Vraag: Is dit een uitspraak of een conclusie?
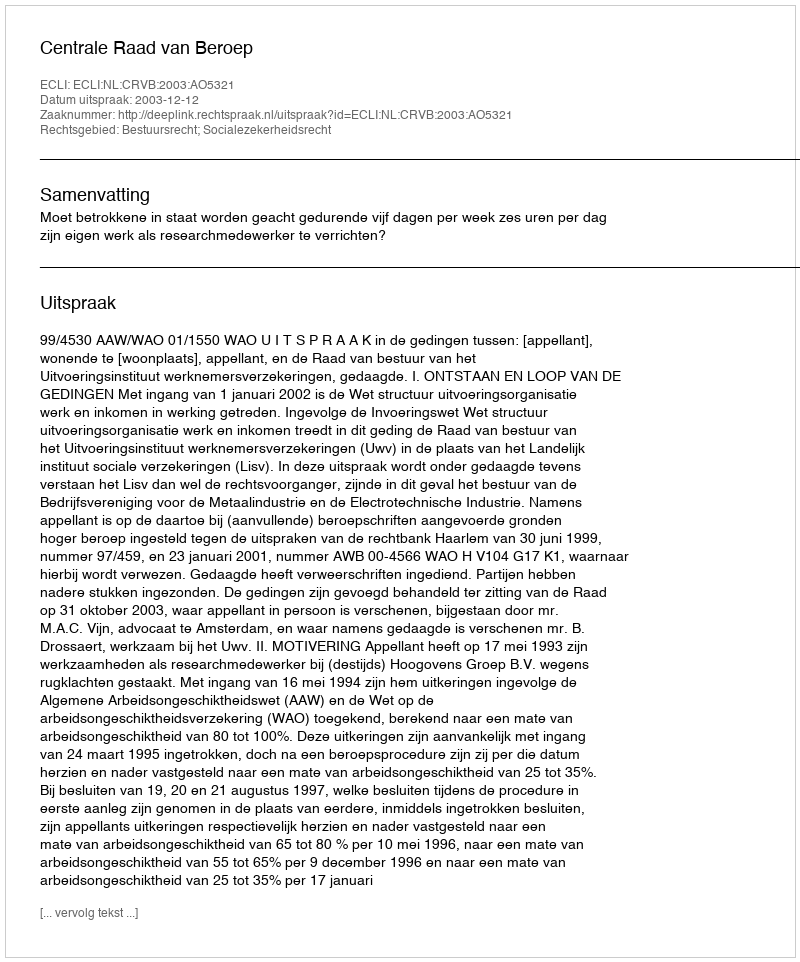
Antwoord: Uitspraak